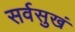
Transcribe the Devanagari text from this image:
सर्वसुखं